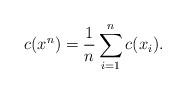
LaTeX: \begin{align*}c(x^n) = \frac{1}{n} \sum_{i=1}^n c(x_i).\end{align*}